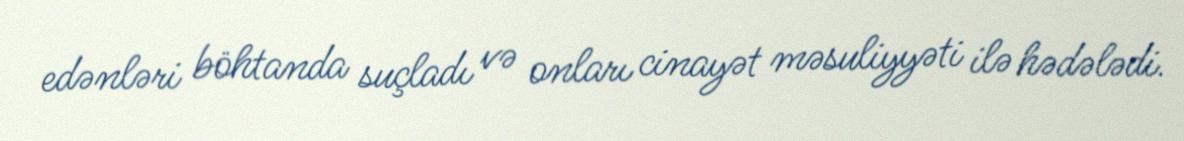
edənləri böhtanda suçladı və onları cinayət məsuliyyəti ilə hədələdi.